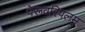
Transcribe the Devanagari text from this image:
पेरूवरिपलम